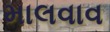
માલવાવ